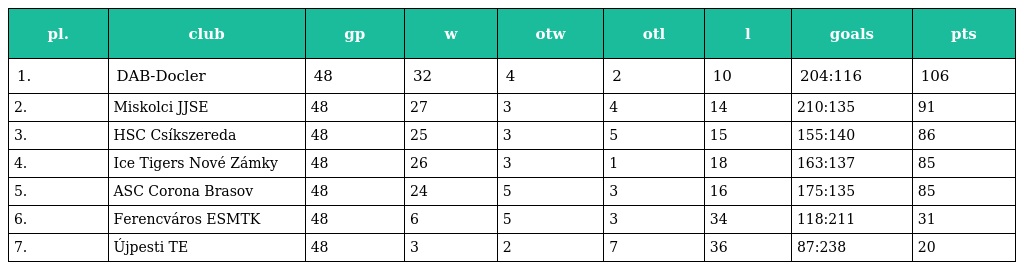
| pl. | club | gp | w | otw | otl | l | goals | pts |
 | --- | --- | --- | --- | --- | --- | --- | --- | --- |
 | 1. | DAB-Docler | 48 | 32 | 4 | 2 | 10 | 204:116 | 106 |
 | 2. | Miskolci JJSE | 48 | 27 | 3 | 4 | 14 | 210:135 | 91 |
 | 3. | HSC Csíkszereda | 48 | 25 | 3 | 5 | 15 | 155:140 | 86 |
 | 4. | Ice Tigers Nové Zámky | 48 | 26 | 3 | 1 | 18 | 163:137 | 85 |
 | 5. | ASC Corona Brasov | 48 | 24 | 5 | 3 | 16 | 175:135 | 85 |
 | 6. | Ferencváros ESMTK | 48 | 6 | 5 | 3 | 34 | 118:211 | 31 |
 | 7. | Újpesti TE | 48 | 3 | 2 | 7 | 36 | 87:238 | 20 |